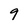
Character: 9